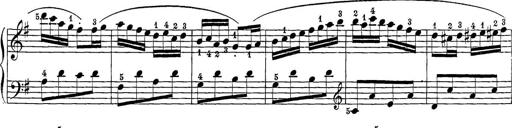
Title: 12 Sonatine per Pianoforte
Composer: Friedrich Kuhlau